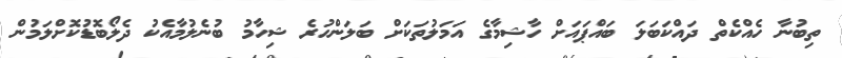
ތިބުނާ ހެއްކެތް ދައްކަބަލަ ބައްޕައަށް ހާޝިމާގެ އަމަލުތަކަށް ބަލަންހުރެ ޝިހާމު ބުނެލުމާއެކު ދެލޯބޮޑުކޮށްލަމުން